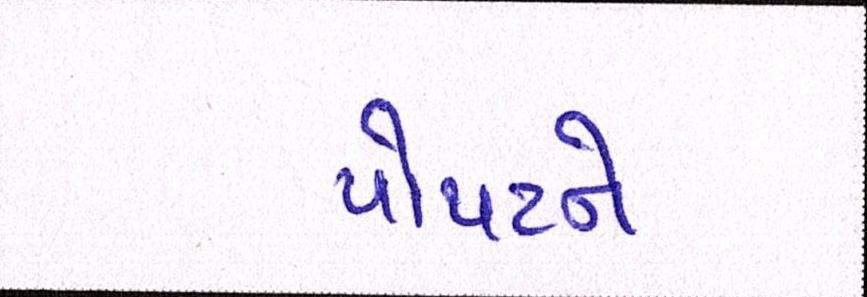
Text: પોપટને